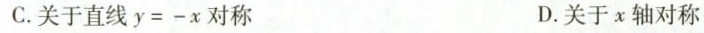
C.关于直线$$y = - x$$对称 D.关于x轴对称